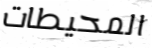
المحيطات